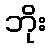
ဘိုး